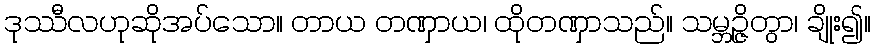
ဒုဿီလဟုဆိုအပ်သော။ တာယ တဏှာယ၊ ထိုတဏှာသည်။ သမ္ဘဉ္ဇိတွာ၊ ချိုး၍။